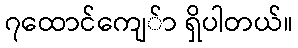
၇ထောင်ကျေ်ာ ရှိပါတယ်။